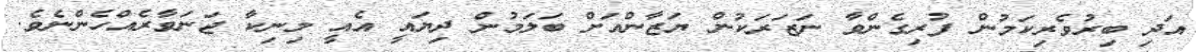
އަދި ބިރުވެރިކަމުން ފުރިގެންވާ ނަޒަރަކުން ޔަޒާންއަށް ބަލަމުން ދިޔައީ އެއީ މިނިކާ ޖަނަވާރެއްހެންނެވެ.